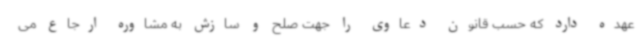
عهده دارد که حسب قانون دعاوی را جهت صلح و سازش به مشاوره ارجاع می